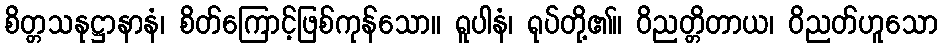
စိတ္တသနုဋ္ဌာနာနံ၊ စိတ်ကြောင့်ဖြစ်ကုန်သော။ ရူပါနံ၊ ရုပ်တို့၏။ ဝိညတ္တိတာယ၊ ဝိညတ်ဟူသော